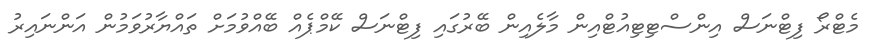
މެޓްރޯ ފިޓްނަސް އިންސްޓިޓިއުޓްއިން މާލެއިން ބޭރުގައި ފިޓްނަސް ކޭމްޕެއް ބޭއްވުމަށް ތައްޔާރުވަމުން އަންނައިރު